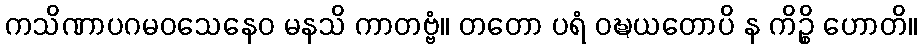
ကသိဏာပဂမဝသေနေဝ မနသိ ကာတဗ္ဗံ။ တတော ပရံ ဝဍ္ဎယတောပိ န ကိဉ္စိ ဟောတိ။